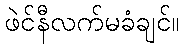
ဖဲင်နီလက်မခံချင်။